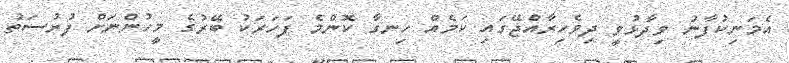
އެމަނިކުފާނު ވިދާޅުވީ ދިވެހިރާއްޖޭގައި ކަމެއް ހިނގާ ކޮންމެ ފަހަަރަކު ބޭރުގެ މީހުންނަށް ފުރުސަތު